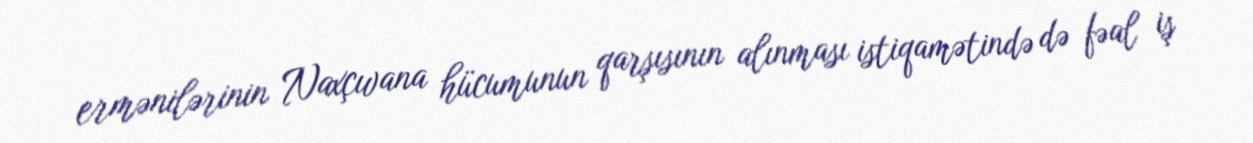
ermənilərinin Naxçıvana hücumunun qarşısının alınması istiqamətində də fəal iş